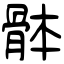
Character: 骵